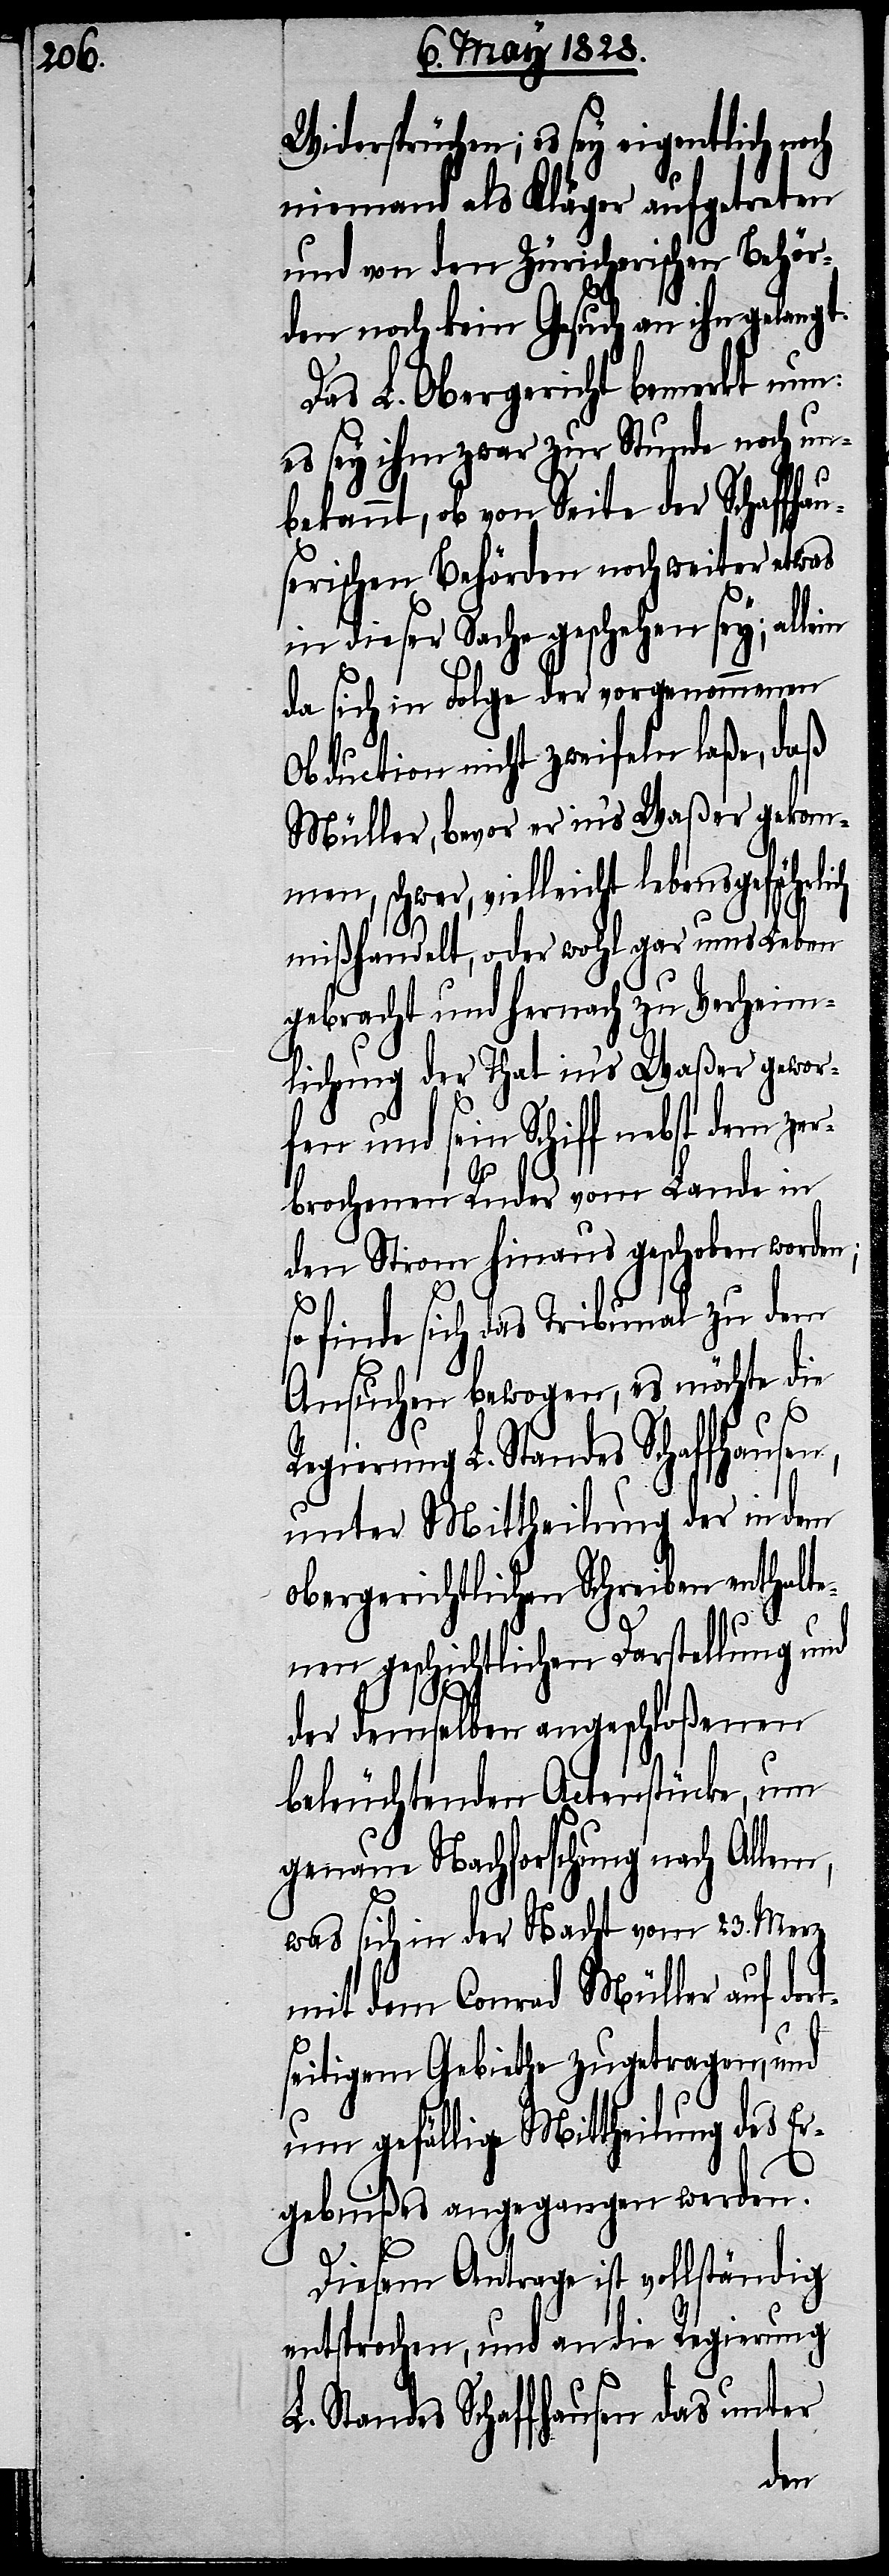
Widersprüchen; es sey eigentlich noch
niemand als Kläger aufgetreten
und von den Zürcherischen Behör¬
den noch kein Gesuch an ihn gelangt.
Das L. Obergericht bemerkt nun:
es sey ihm zwar zur Stunde noch un¬
bekannt, ob von Seite der Schaffhau¬
serischen Behörden noch weiter etwas
in dieser Sache geschehen sey; alle¬
da sich in Folge der vorgenommenen
Obduction nicht zweifeln laße, daß
Müller, bevor er in‘s Waßer gekom¬
men, schwer, vielleicht lebensgefährlich
mißhandelt, oder wohl gar ums Leben
gebracht und hernach zu Verheim¬
lichung der That in‘s Waßer gewor¬
fen und sein Schiff nebst dem zer¬
brochenen Ruder vom Lande in
den Strom hinaus geschoben worden;
finde sich das Tribunal zu dem
Ansuchen bewogen, es möchte die
Regierung L. Standes Schaffhausen,
unter Mittheilung der in dem
obergerichtlichen Schreiben enthalt¬
enen geschichtlichen Darstellung und
der demselben angeschloßenen
beleuchtenden Actenstücke, um
genaue Nachforschung nach Allem,
was sich in der Nach vom 23. Merz
mit dem Conrad Müller auf dort¬
seitigem Gebiethe zugetragen, und
um gefällige Mittheilung des Er¬
gebnißes angegangen werden.
Diesem Antrage ist vollständig
entsprochen, und an die Regierung
L. Standes Schaffhausen das unter
in